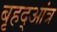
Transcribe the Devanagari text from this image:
बृहद्आंत्र